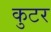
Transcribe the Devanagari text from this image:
कुटर